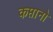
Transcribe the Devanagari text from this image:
कप्तानो